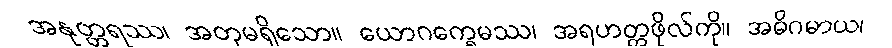
အနုတ္တရဿ၊ အတုမရှိသော။ ယောဂက္ခေမဿ၊ အရဟတ္တဖိုလ်ကို။ အဓိဂမာယ၊